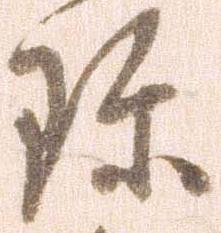
珍